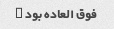
فوق العاده بود …